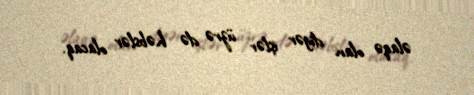
əlaqə olan digər işlər üzrə də həbslər olacaq.